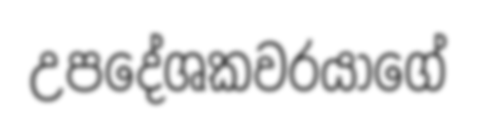
උපදේශකවරයාගේ